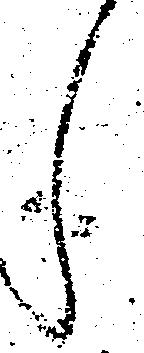
し